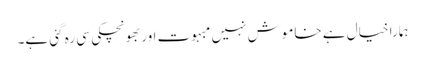
ہمارا خیال ہے خاموش نہیں مبہوت اور بھونچکی سی رہ گئی ہے۔